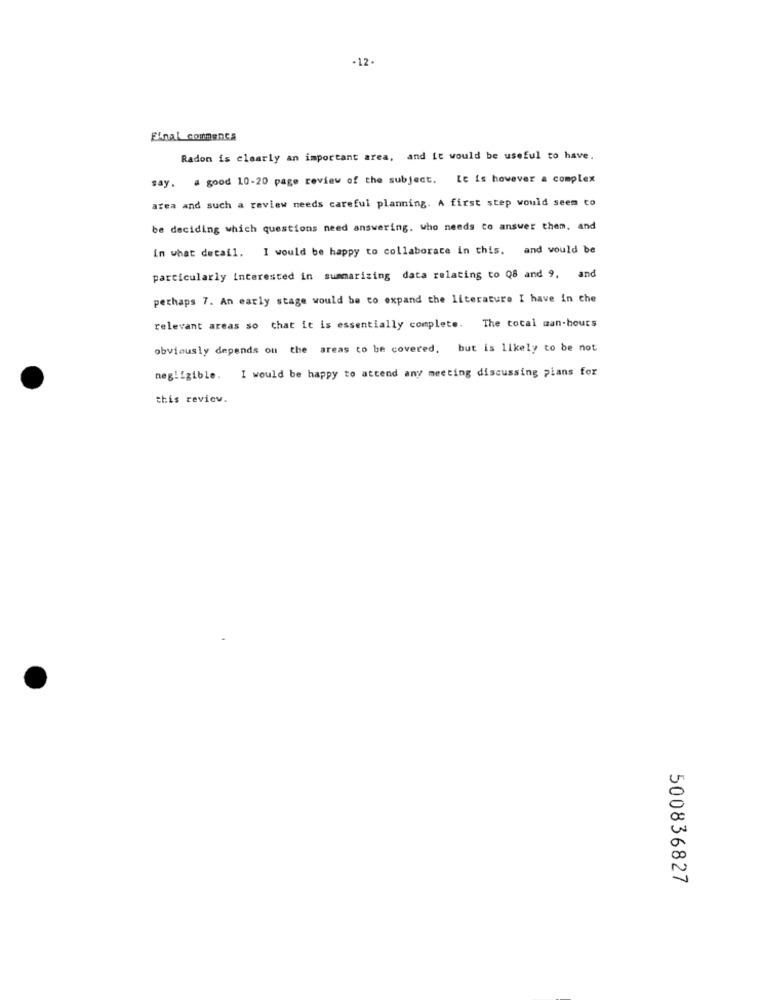
-12-
Final commenta
Radon is clearly an important area, and it would be useful to have.
say. a good 10-20 page review of the subject.
Le is however a complex
area and such a review needs careful planning. A first step would seem to
be deciding which questions need answering. who needs to answer them, and
In what detail. I would be happy to collaborate in this, and would be
particularly interested in summarizing data relating to Q8 and 9, and
perhaps 7. An early stage would be to expand the literature I have in che
relevant areas so that it is essentially complete. The total man-hours
obviously depends on the areas to be covered, but is likely to be not
negligible. I would be happy to attend any meeting discussing pians for
this review.
500836827